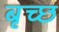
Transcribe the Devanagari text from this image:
बृच्‍छ